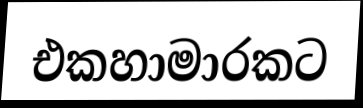
එකහාමාරකට